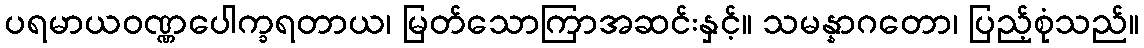
ပရမာယဝဏ္ဏပေါက္ခရတာယ၊ မြတ်သောကြာအဆင်းနှင့်။ သမန္နာဂတော၊ ပြည့်စုံသည်။